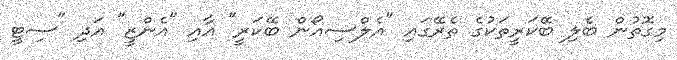
މިގޮތުން ބެލި ބޭކަރީތަކުގެ ތެރޭގައި "އެލްސިއޯން ބޭކަރީ" އާއި "އެންޒީ" އަދި "ސިޓީ